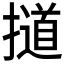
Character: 𰔱